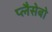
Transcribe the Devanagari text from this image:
प्लैसेबो